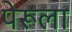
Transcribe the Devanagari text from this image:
पेरूला